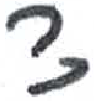
אות: צ